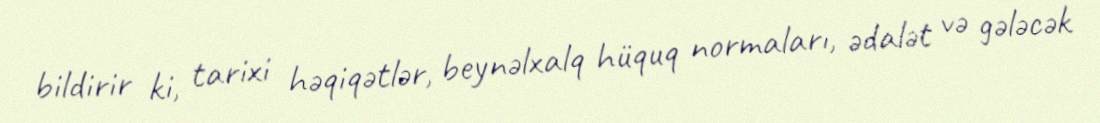
bildirir ki, tarixi həqiqətlər, beynəlxalq hüquq normaları, ədalət və gələcək